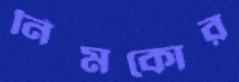
নিমকোর